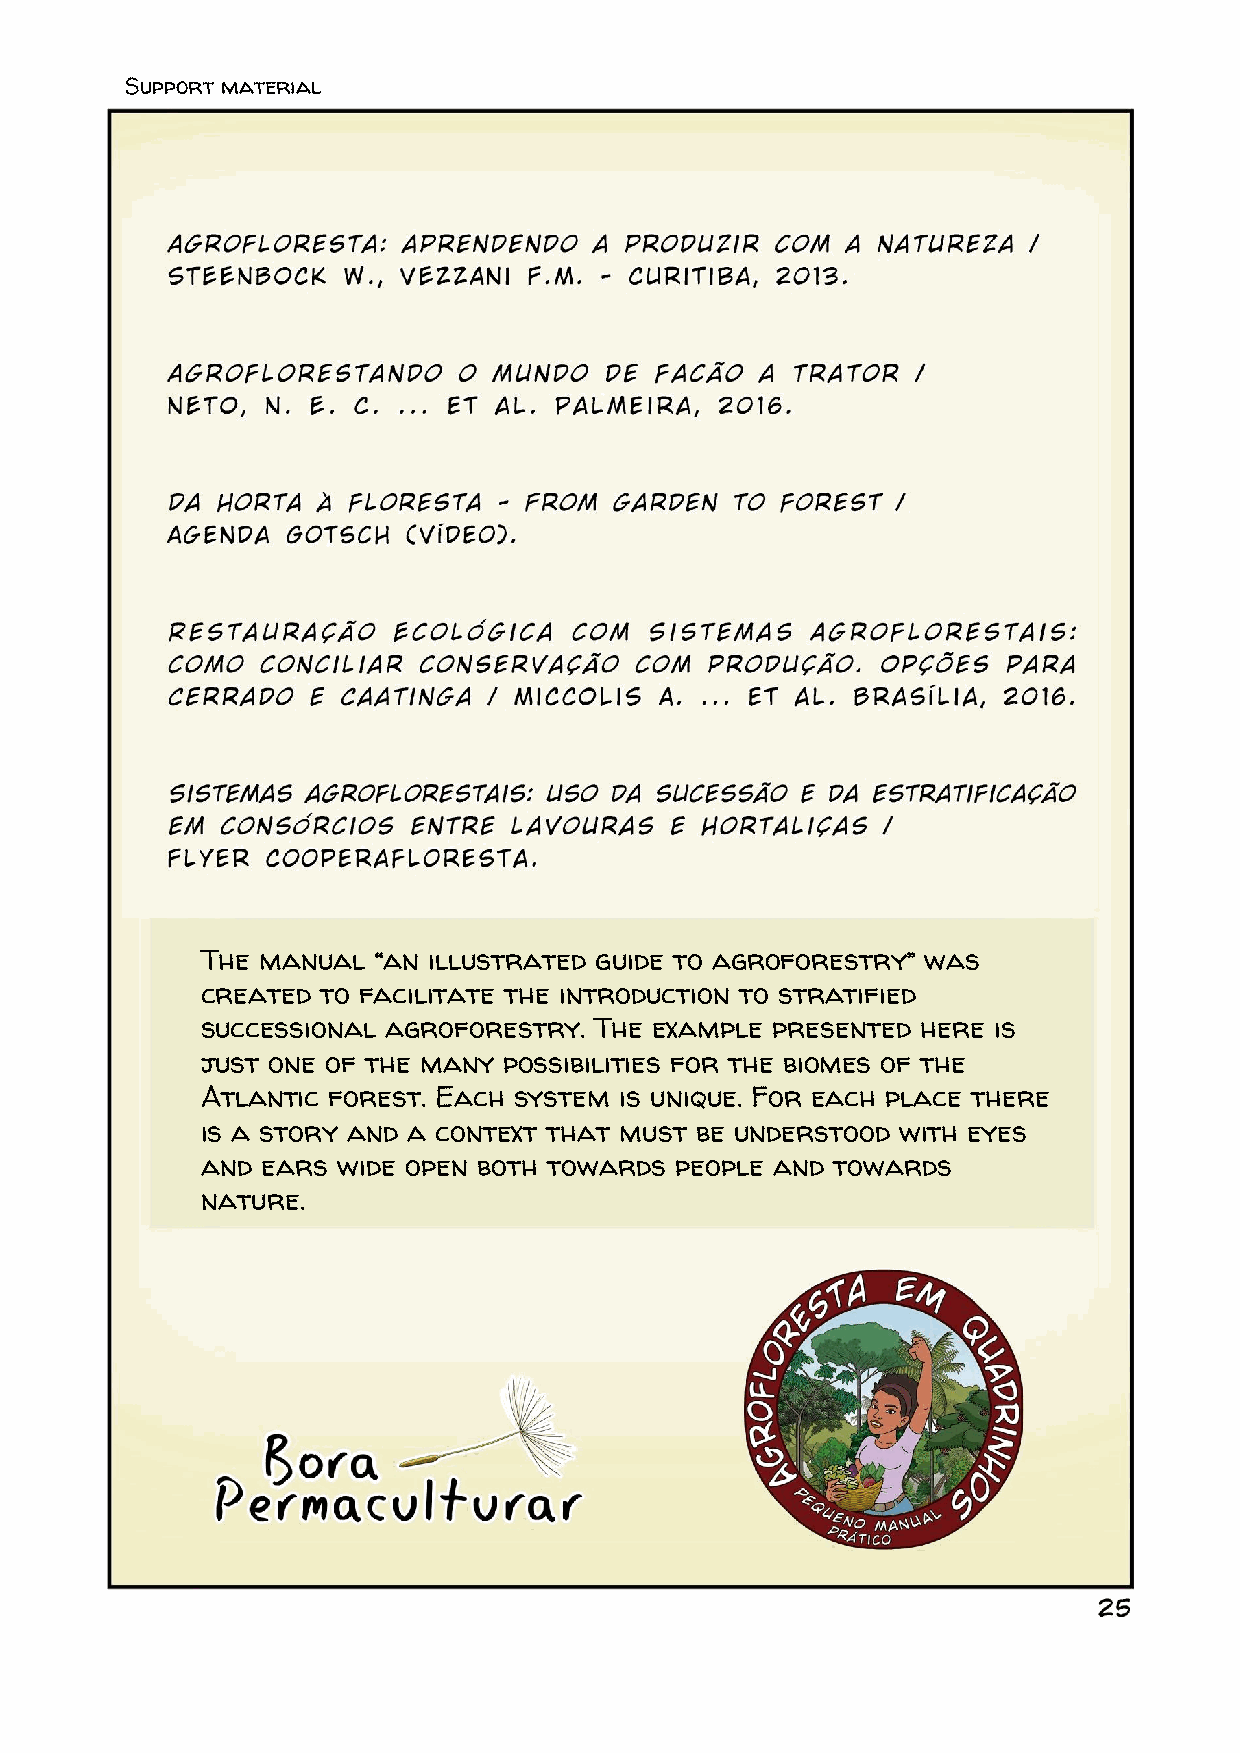
Support material
 The manual  “an illustrated guide to agroforestry” was
 created to facilitate the introduction to stratified
 successional agroforestry. The example presented here is
 just one of the many possibilities for the biomes of the
 Atlantic forest. Each system is unique. For each place there
 is a story and a context that must be understood with eyes
 and ears wide open both towards people and towards
 nature.